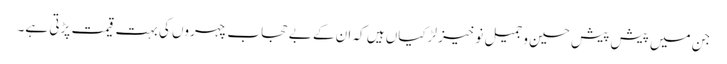
جن میں پیش پیش حسین و جمیل نو خیز لڑکیاں ہیں کہ ان کے بے حجاب چہروں کی بہت قیمت پڑتی ہے۔